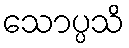
သောပ္ပသိ